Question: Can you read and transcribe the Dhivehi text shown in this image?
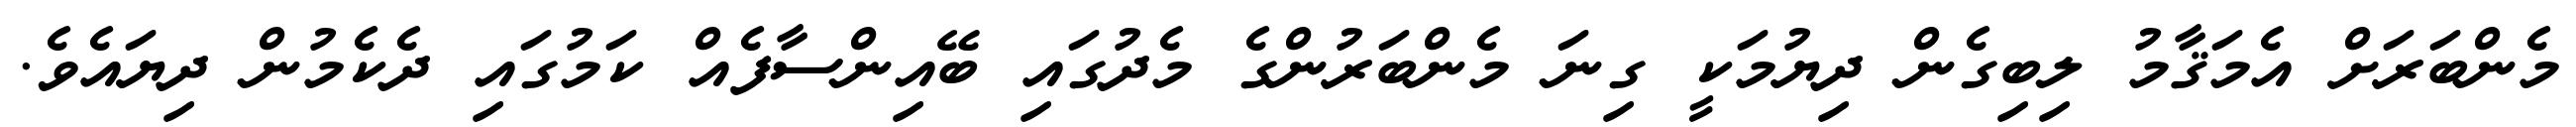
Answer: މެންބަރަށް އެމަޤާމު ލިބިގެން ދިޔުމަކީ ގިނަ މެންބަރުންގެ މެދުގައި ބޭއިންސާފެއް ކަމުގައި ދެކެމުން ދިޔައެވެ.